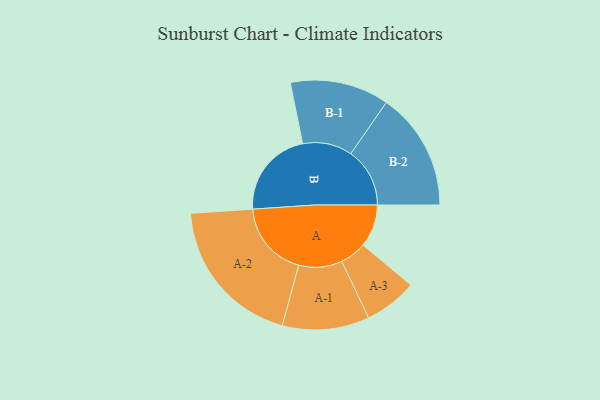
{"axis": {"x": "Segment", "y": "Value"}, "legend": ["", "A", "B"], "data": [{"x": "A", "y": 161, "type": ""}, {"x": "B", "y": 333, "type": ""}, {"x": "A-1", "y": 164, "type": "A"}, {"x": "A-2", "y": 287, "type": "A"}, {"x": "A-3", "y": 100, "type": "A"}, {"x": "B-1", "y": 187, "type": "B"}, {"x": "B-2", "y": 223, "type": "B"}]}